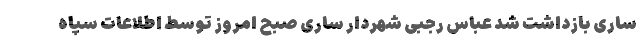
ساری بازداشت شد عباس رجبی شهردار ساری صبح امروز توسط اطلاعات سپاه